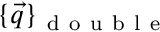
\{ \vec { q } \} _ { \mathrm { ~ d ~ o ~ u ~ b ~ l ~ e ~ } }